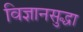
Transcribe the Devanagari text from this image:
विज्ञानसुद्धा